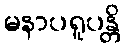
မနာပရူပန္တိ